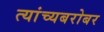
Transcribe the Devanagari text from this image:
त्यांच्यबरोबर